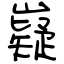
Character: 嶷